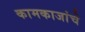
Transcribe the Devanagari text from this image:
कामकाजांचे